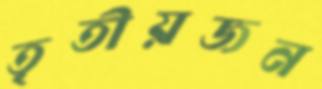
তৃতীয়জন